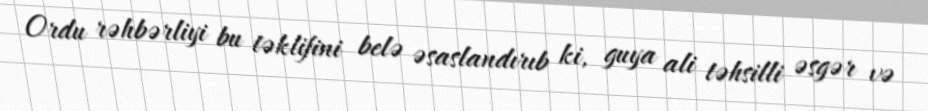
Ordu rəhbərliyi bu təklifini belə əsaslandırıb ki, guya ali təhsilli əsgər və